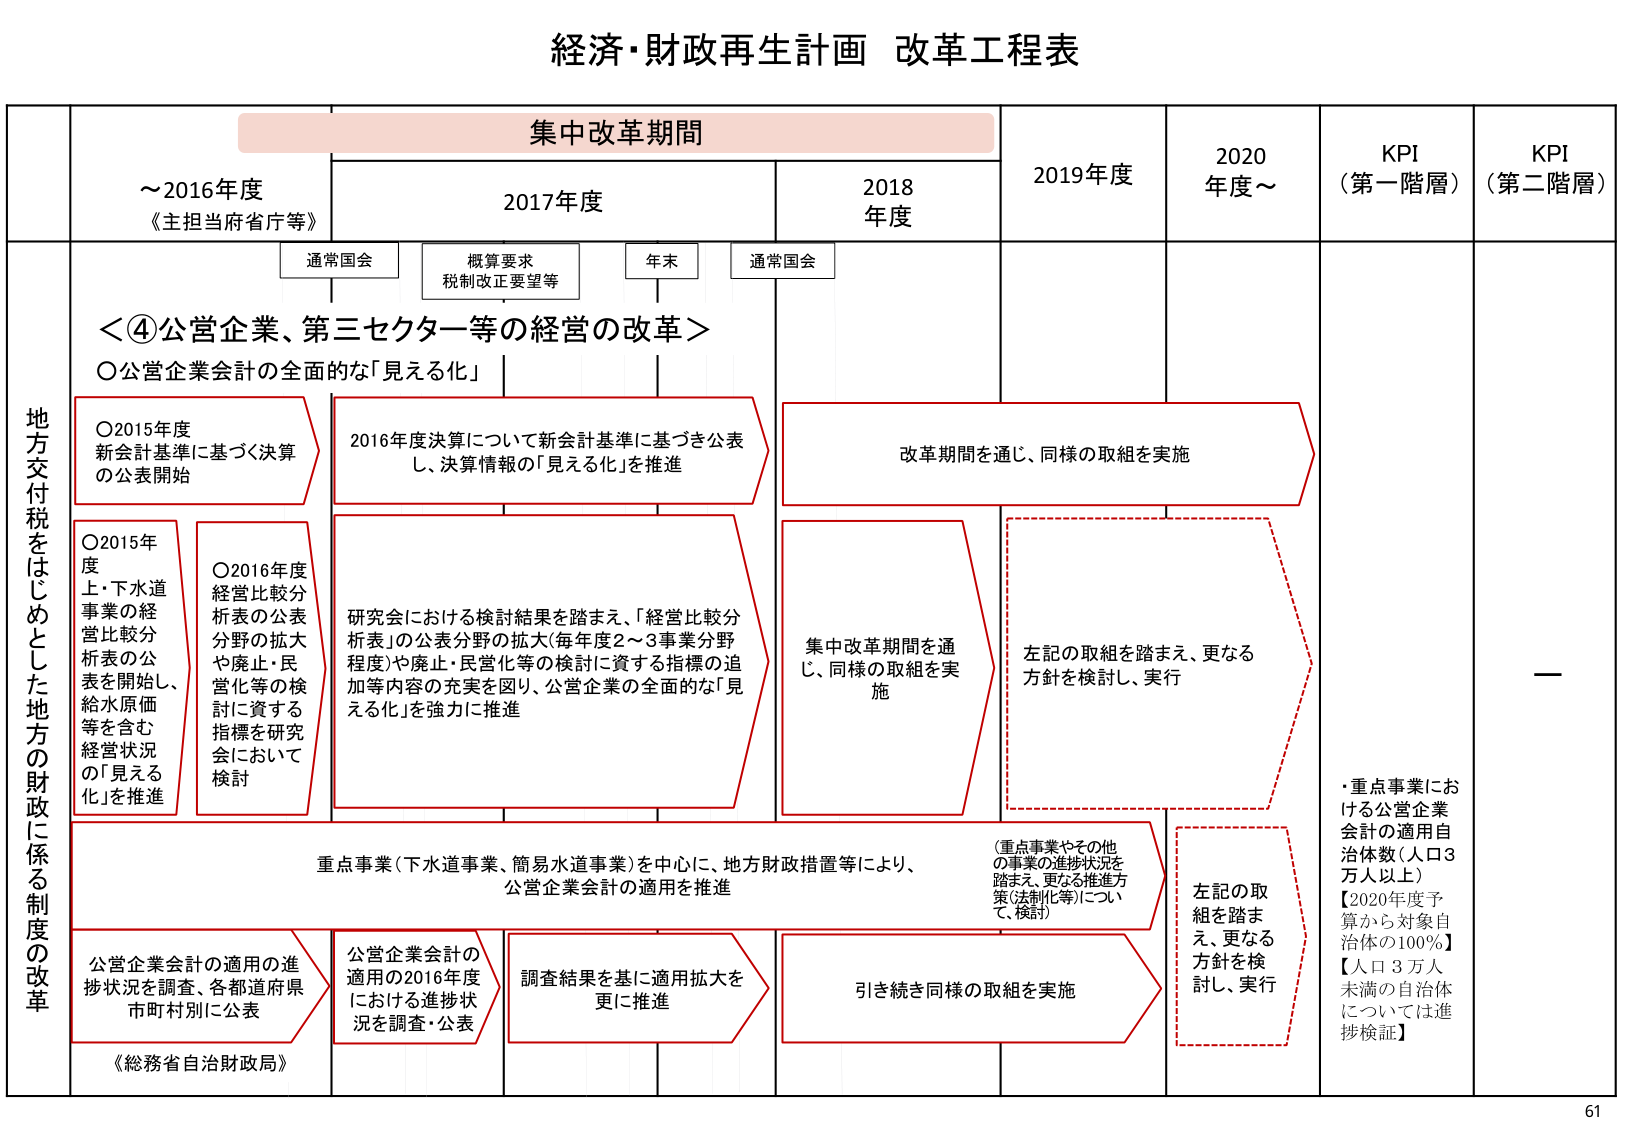
経済・財政再生計画 改革工程表

集中改革期間

～2016年度
《主担当府省庁等》

2017年度
通常国会
概算要求
税制改正要望等
年末
通常国会

2018年度

2019年度

2020年度～

KPI
（第一階層）

KPI
（第二階層）

地方交付税をはじめとした地方の財政に係る制度の改革

＜④公営企業、第三セクター等の経営の改革＞
〇公営企業会計の全面的な「見える化」

〇2015年度
新会計基準に基づく決算の公表開始

2016年度決算について新会計基準に基づき公表し、決算情報の「見える化」を推進

改革期間を通じ、同様の取組を実施

〇2015年度
上・下水道事業の経営比較分析表の公表を開始し、給水原価等を含む経営状況の「見える化」を推進

〇2016年度
経営比較分析表の公表分野の拡大や廃止・民営化等の検討に資する指標を研究会において検討

研究会における検討結果を踏まえ、「経営比較分析表」の公表分野の拡大（毎年度2～3事業分野程度）や廃止・民営化等の検討に資する指標の追加等内容の充実を図り、公営企業の全面的な「見える化」を強力に推進

集中改革期間を通じ、同様の取組を実施

左記の取組を踏まえ、更なる方針を検討し、実行

重点事業（下水道事業、簡易水道事業）を中心に、地方財政措置等により、公営企業会計の適用を推進

（重点事業やその他の事業の進捗状況を踏まえ、更なる推進方策（法制化等）について、検討）

左記の取組を踏まえ、更なる方針を検討し、実行

公営企業会計の適用の進捗状況を調査、各都道府県市町村別に公表

公営企業会計の適用の2016年度における進捗状況を調査・公表

調査結果を基に適用拡大を更に推進

引き続き同様の取組を実施

《総務省自治財政局》

・重点事業における公営企業会計の適用自治体数（人口3万人以上）
【2020年度予算から対象自治体の100％】
【人口3万人未満の自治体については進捗検証】

61